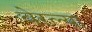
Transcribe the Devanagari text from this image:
वेरल्या